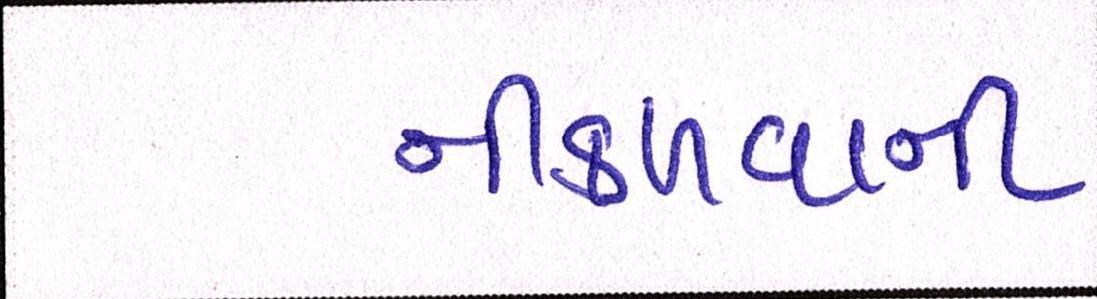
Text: નીકળવાની